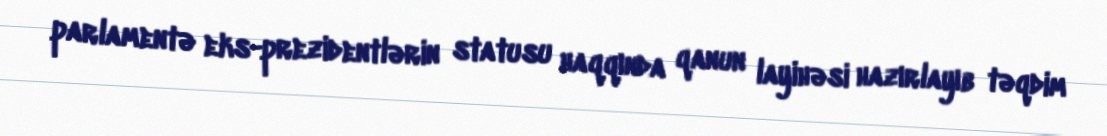
parlamentə eks-prezidentlərin statusu haqqında qanun layihəsi hazırlayıb təqdim